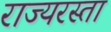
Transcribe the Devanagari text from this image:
राज्यरस्ता